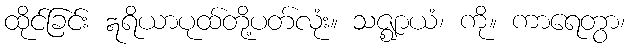
ထိုင်ခြင်း ဣရိယာပုထ်တို့ပတ်လုံး။ သဇ္ဈာယံ၊ ကို။ ကာရေတွာ၊